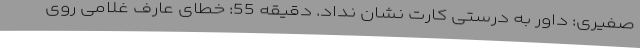
صفیری: داور به درستی کارت نشان نداد. دقیقه 55: خطای عارف غلامی روی